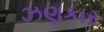
ઝણકાર